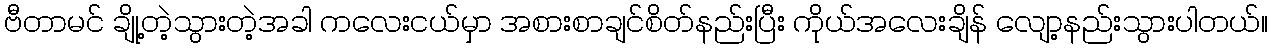
ဗီတာမင် ချို့တဲ့သွားတဲ့အခါ ကလေးငယ်မှာ အစားစာချင်စိတ်နည်းပြီး ကိုယ်အလေးချိန် လျော့နည်းသွားပါတယ်။